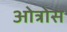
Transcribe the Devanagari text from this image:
ओत्रोस